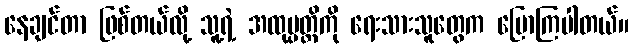
နေချင်တာ ဖြစ်တယ်လို့ သူ့ရဲ့ အထုပ္ပတ္တိကို ရေးသားသူတွေက ပြောကြပါတယ်။